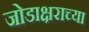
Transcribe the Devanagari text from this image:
जोडाक्षराच्या